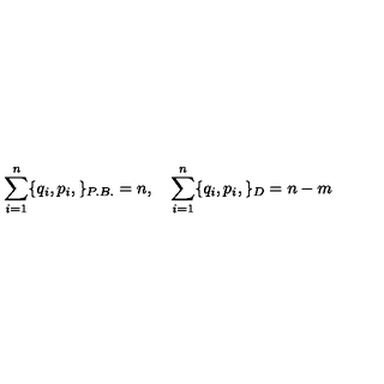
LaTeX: \sum _ { i = 1 } ^ { n } \{ q _ { i } , p _ { i } , \} _ { P . B . } = n , \quad \sum _ { i = 1 } ^ { n } \{ q _ { i } , p _ { i } , \} _ { D } = { n - m }